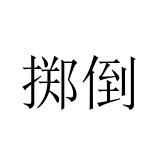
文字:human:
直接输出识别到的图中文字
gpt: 掷倒